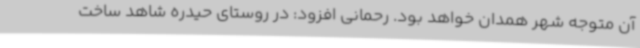
آن متوجه شهر همدان خواهد بود. رحمانی افزود: در روستای حیدره شاهد ساخت